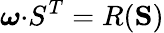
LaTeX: \boldsymbol\omega{\mathbf\cdot S^{T}}=R({\mathbf S})